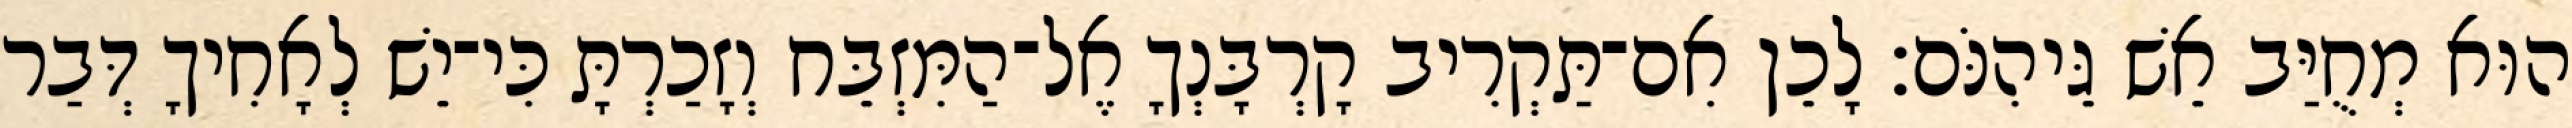
הוּא מְחֻיַּב אֵשׁ גֵּיהִנֹּם׃ לָכֵן אִם־תַּקְרִיב קָרְבָּנְךָ אֶל־הַמִּזְבֵּח וְזָכַרְתָּ כִּי־יֵשׁ לְאָחִיךָ דְּבַר